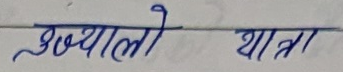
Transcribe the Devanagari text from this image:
अध्यालो यात्रा